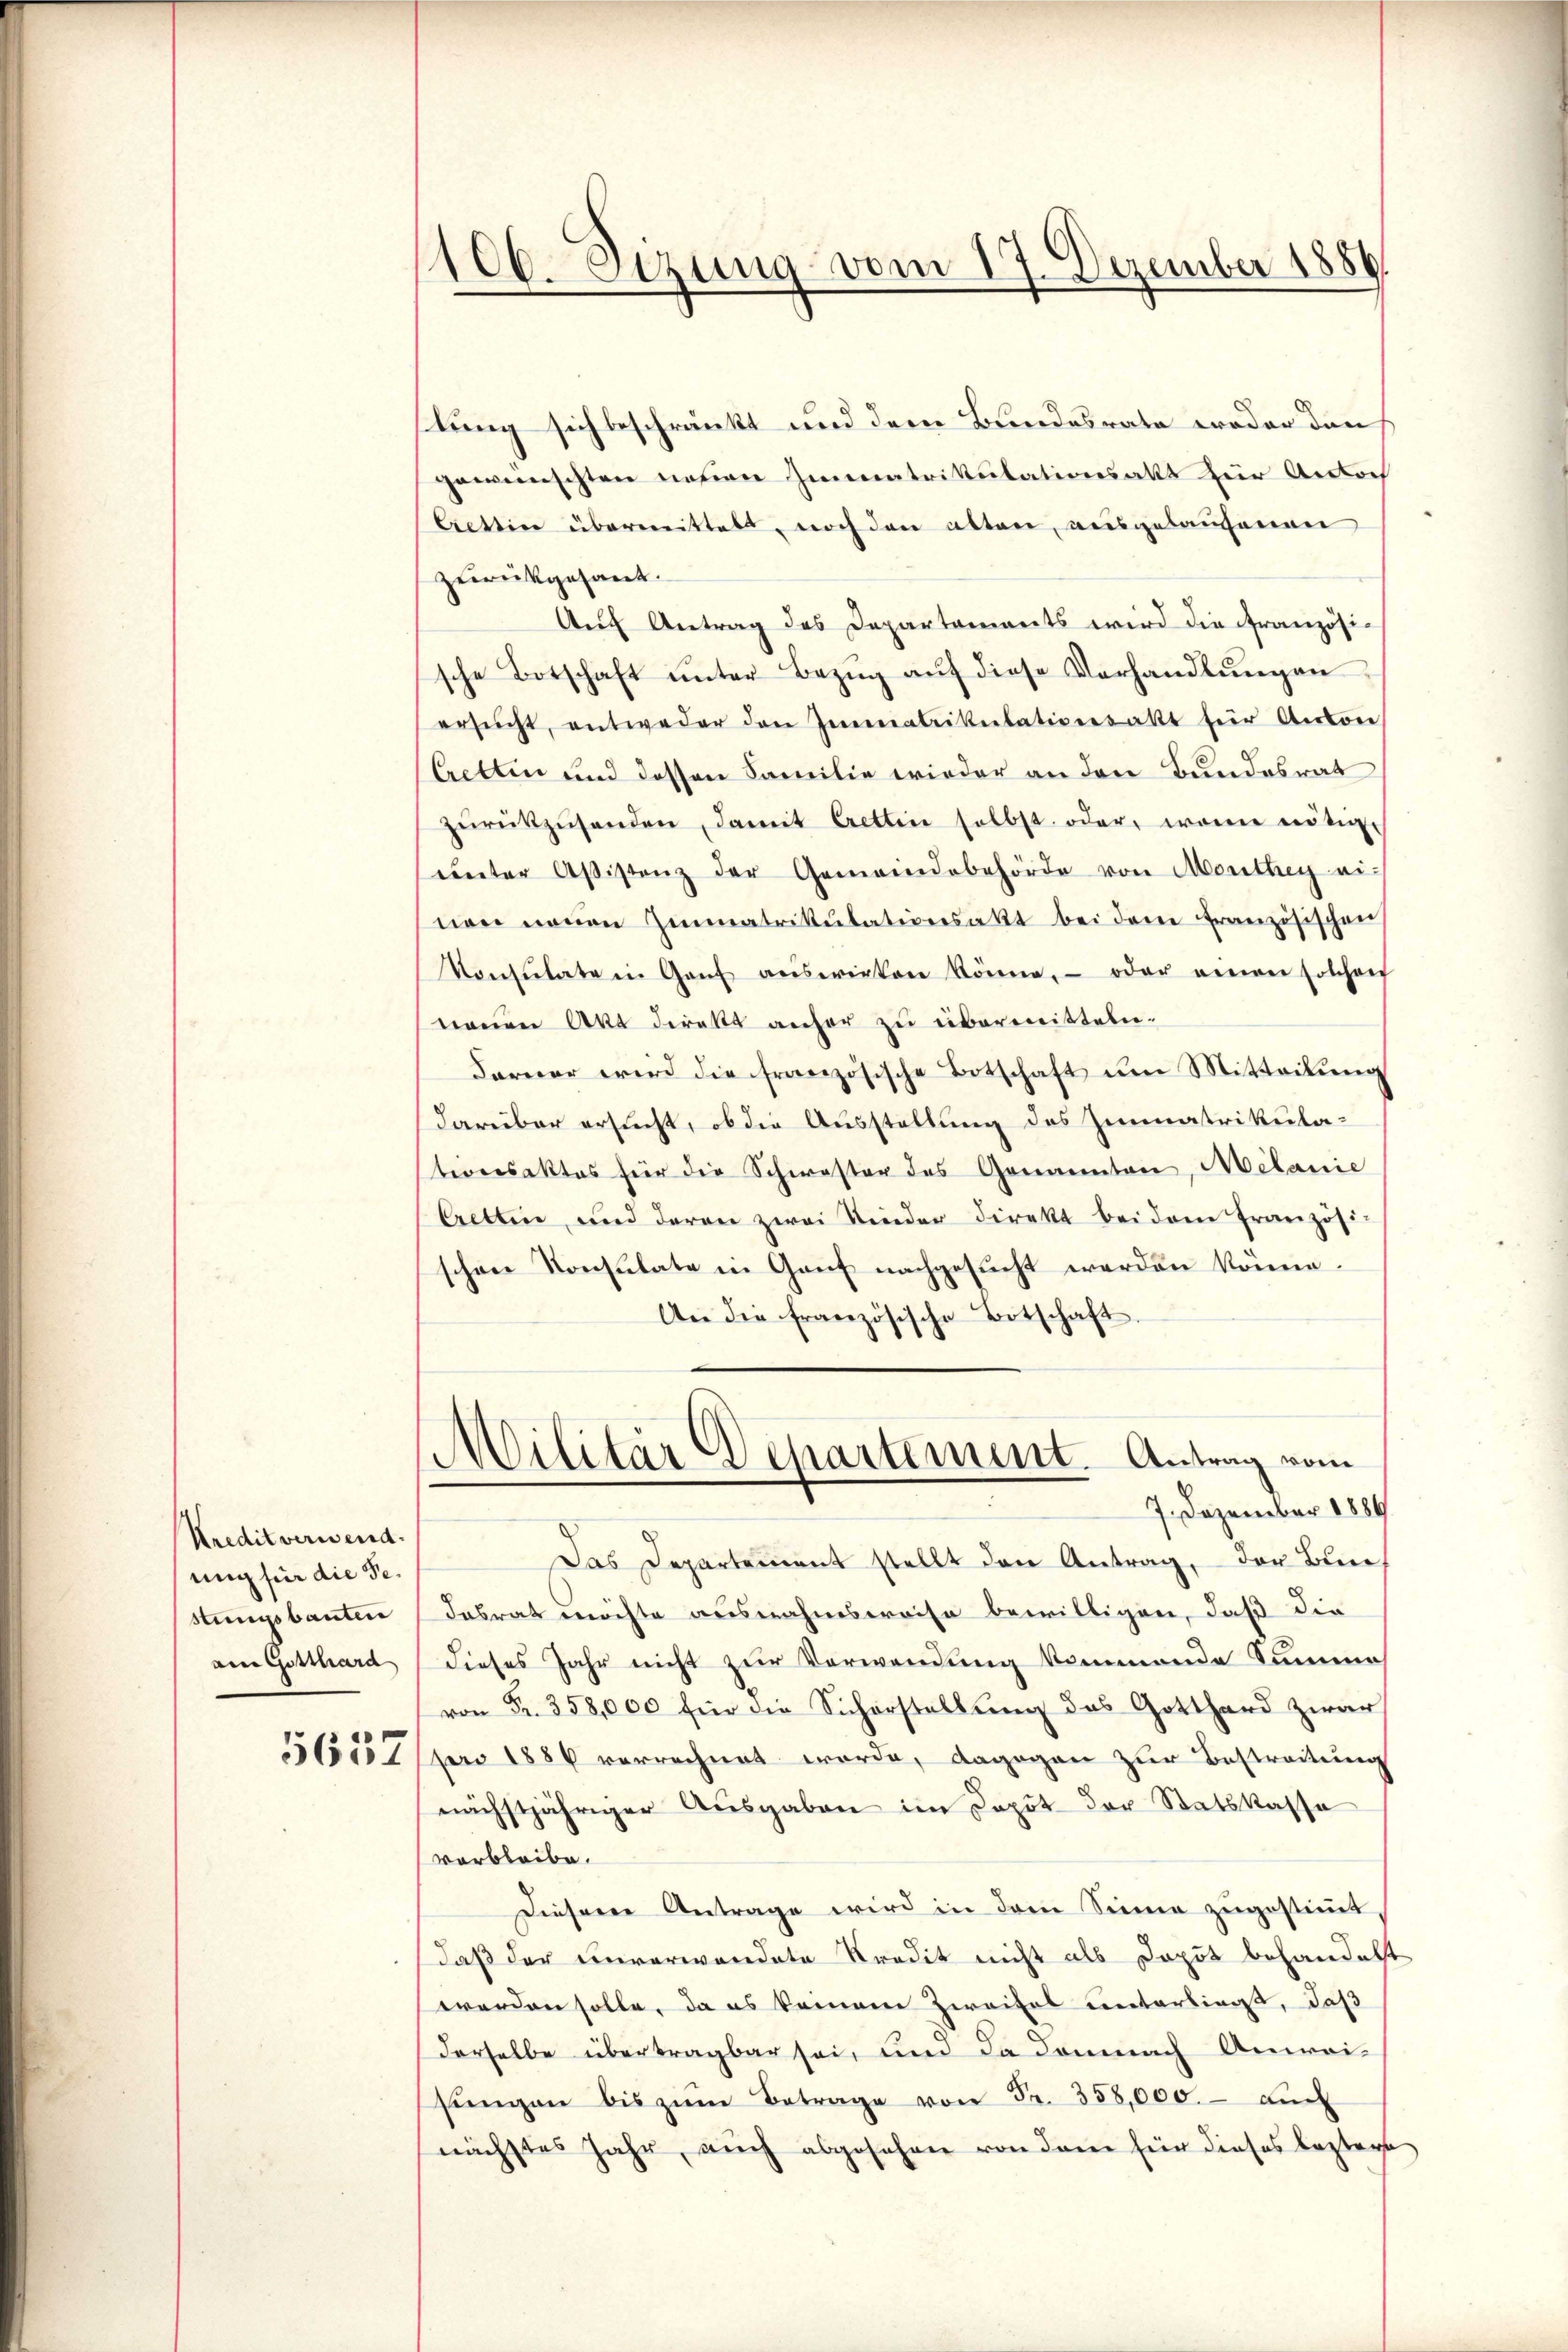
Kreditverwend
ung für die Sestungsbauten
ain Gotthard

5652

100. Sezung vom 17. Dezember 1886

lung sich beschränkt und dem Bundesrate weder den
gewünschten neuen Immatrikulationsakt für Andach
Crettin übermittelt, noch den alten, ausgelaufenen
zurückgesant.
Auf Antrag des Departements wird die französische Botschaft ŭnter Bezŭg aŭf diese Verhandlŭngen
ersŭcht, entweder den Immatrikulationsakt für Anton
Cretten und dessen Familie wieder an den Bundesrat
zŭrückzŭsenden, damit Cretten selbst oder, wenn nötige
eunter Aßistenz der Gemeindebehörde von Monthey ei-
nen neuen Zimmatrikŭlationsakt bei dem französischen
Konsulate in Gant auswirken könne, oder einen solchen
nauen Akt direkt anher zu übermitteln.
Farner wird die französische Botschaft um Mitteilung
darüber ersucht, ob die Ausstellung des Zimmatrikulateressaktes für die Schwester des Genannten, Melanie
Crettin und daran zwei Kinder Direkt bei dem französi-
schen Konsulate in Gauf nachgesucht werden könne.
An die französische Botschaft
.
Dilitär Departement. Antrag vom
7. Dezember 1884
Das Departement stellt den Antrag, der Bundasrat möchte ausnahmsweise bewilligen, daß die
dieses Jahr nicht zur Verwendung kommende Summe
von Fr. 358,000 für die Sicherstellung des Gotthard zwar
pro 1886 verrechnet werde, dagegen zur Bestreitung
nächstjähriger Ausgaben im Depot der Statskassa
verbleibe.
Dieser Antrage wird in dem Sinne zugestimmt
daß der Einverwandete Kredit nicht als Dopot behandelt
worden solle, da es keinem Zweifel unterbirgt, daß
derselbe übertragbar sei, und da demnach Anwei-
sŭngen bis zŭm Betrage von Fr. 358,000.- auch
nächstes Jahr, auch abgesehen von dem für dieses leztere